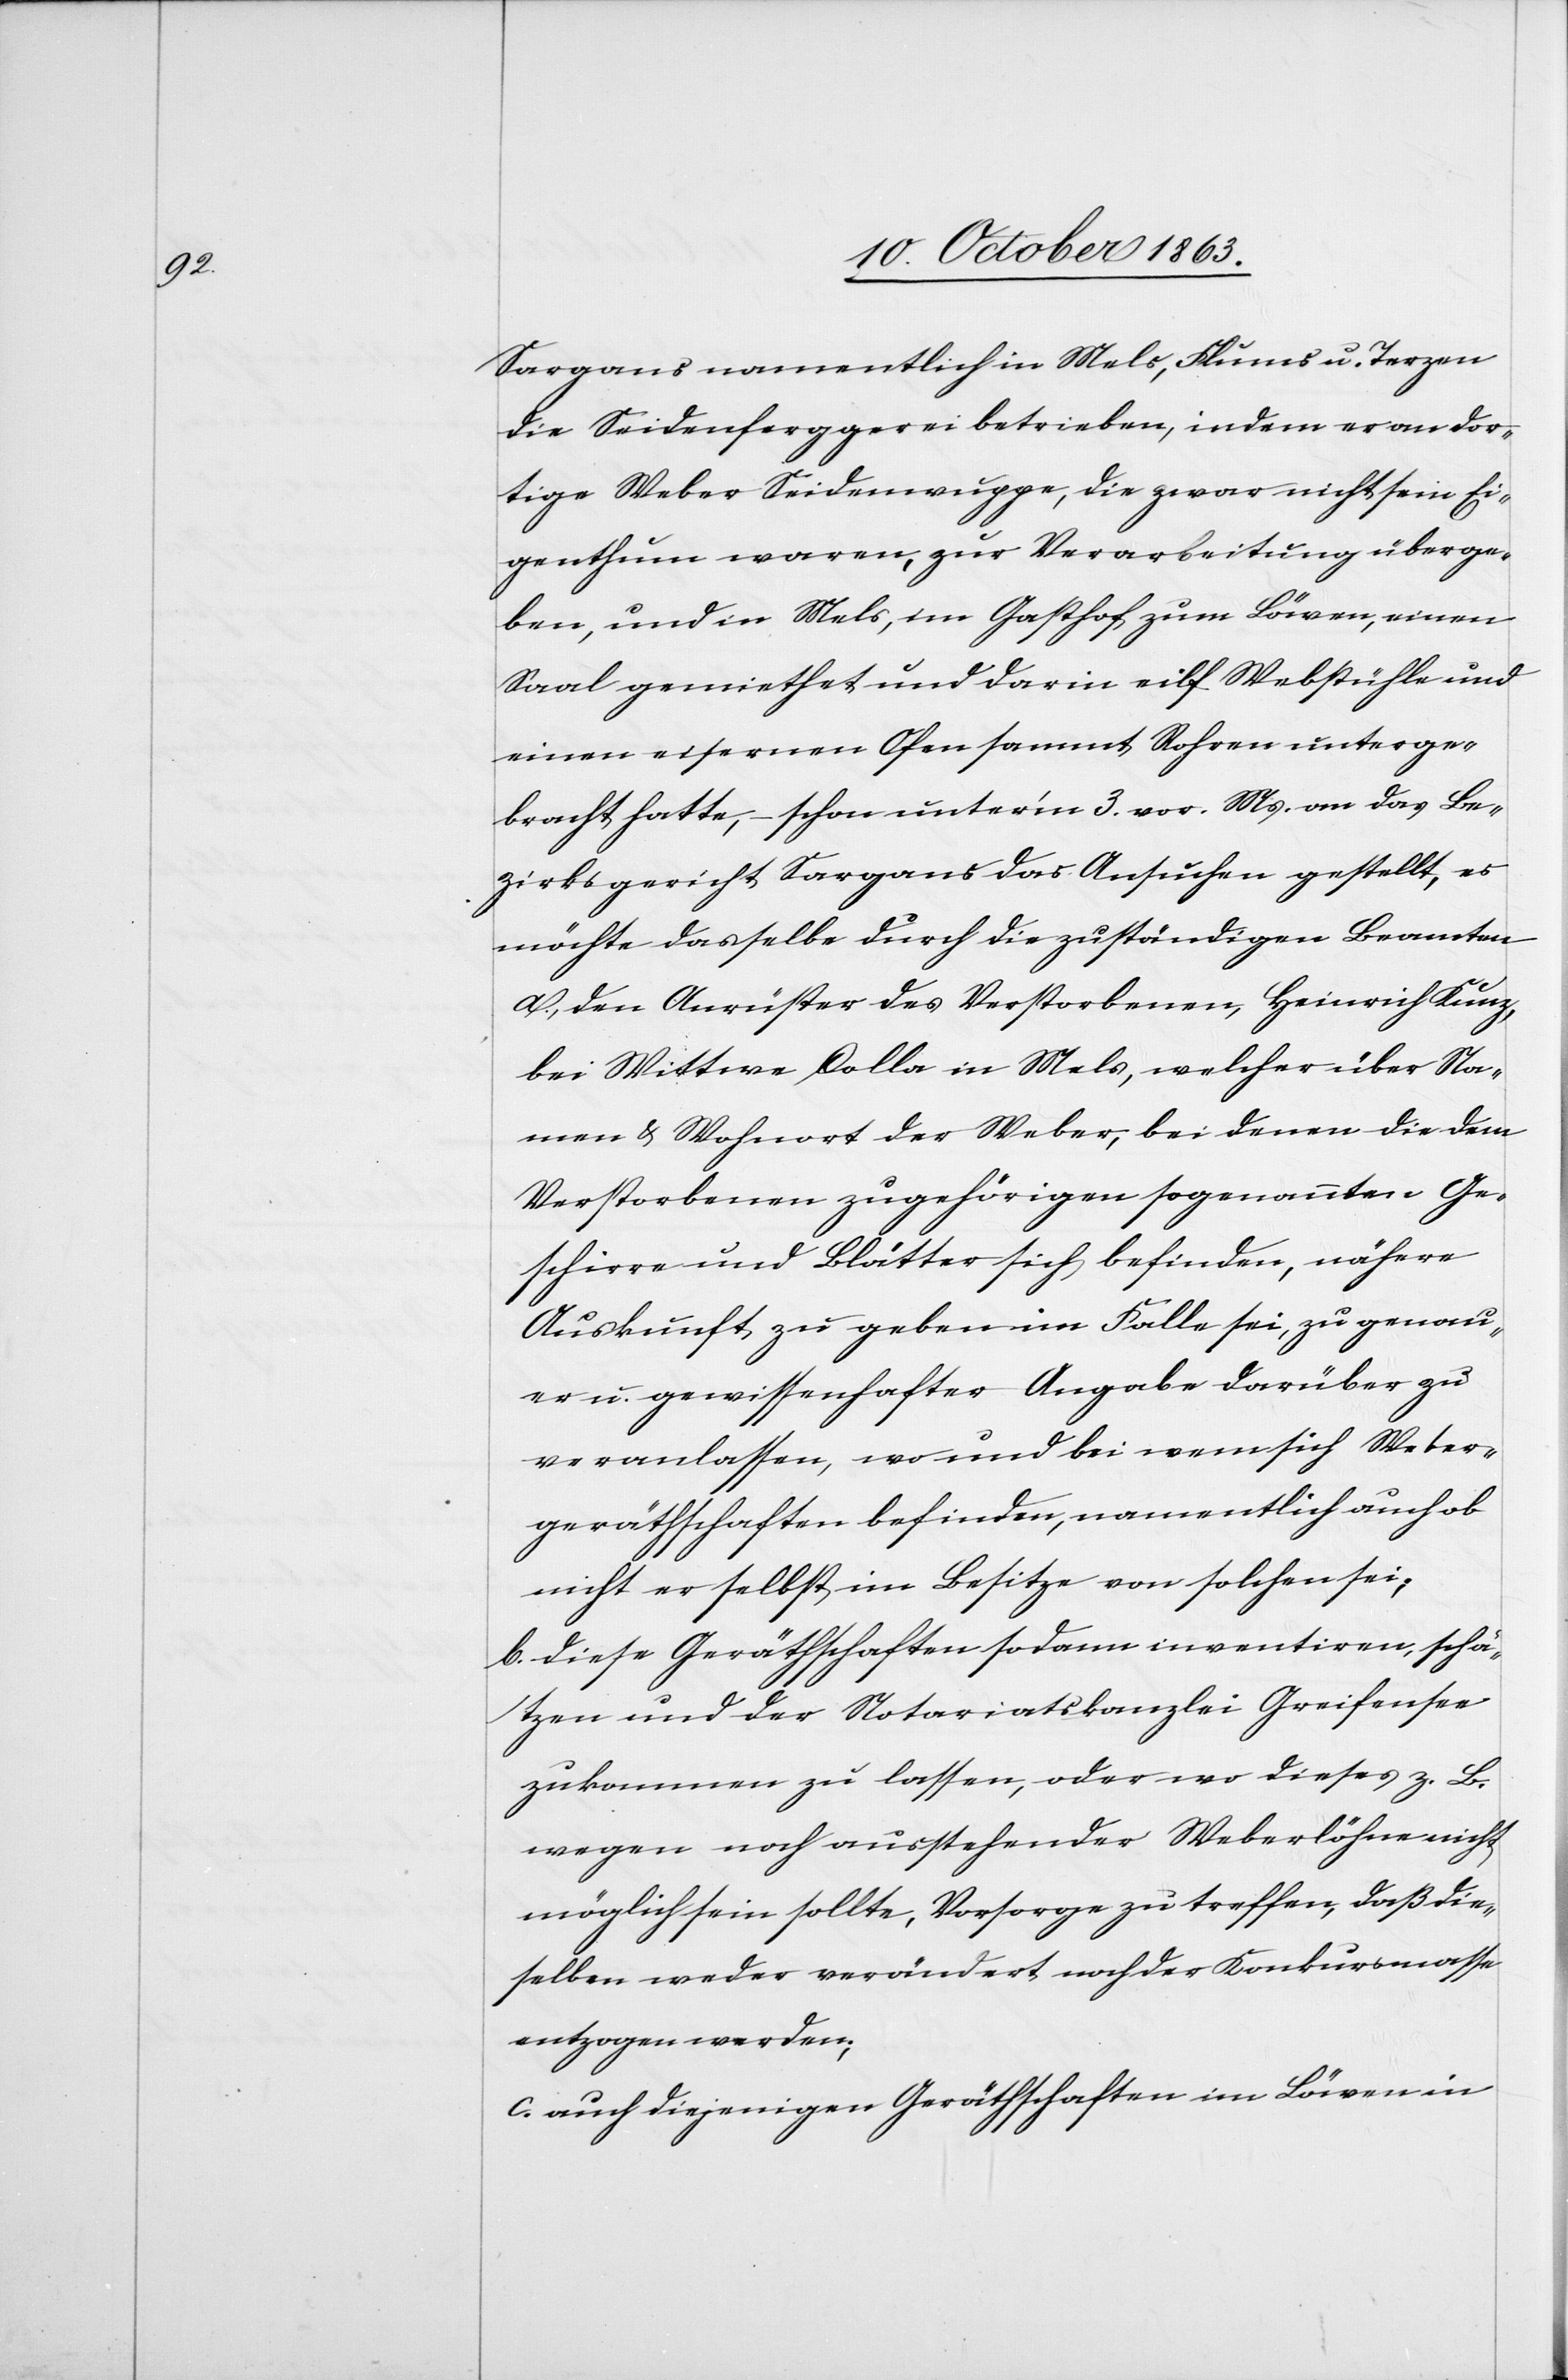
Sargans [sic!] namentlich in Mels, Flums u. Terzen
die Seidenferggerei betrieben, indem er an dor¬
tige Weber Seidenwuppe, die zwar nicht sein Ei¬
genthum waren, zur Verarbeitung überge¬
ben, und in Mels, im Gasthof zum Löwen, einen
Saal gemiethet und darin eilf Webstühle und
einen eisernen Ofen sammt Rohren unterge¬
bracht hatte, – schon unter'm 3. vor. Ms. an das Be¬
zirksgericht Sargans das Ansuchen gestellt, es
möchte dasselbe durch die zuständigen Beamten
a. den Anrüster des Verstorbenen, Heinrich Kunz,
bei Wittwe Colla in Mels, welcher über Na¬
men & Wohnort der Weber, bei denen die dem
Verstorbenen zugehörigen sogenannten Ge¬
schirre und Blätter sich befinden, nähere
Auskunft zu geben im Falle sei, zu genau¬
er u. gewissenhafter Angabe darüber zu
veranlassen, wo und bei wem sich Weber¬
geräthschaften befinden, namentlich auch ob
nicht er selbst im Besitze von solchen sei;
b. diese Geräthschaften sodann inventiren, schä¬
tzen und der Notariatskanzlei Greifensee
zukommen zu lassen, oder wo dieses z. B.
wegen noch ausstehender Weberlöhne nicht
möglich sein sollte, Vorsorge zu treffen, daß die¬
selben weder verändert noch der Konkursmasse
entzogen werden;
c. auch diejenigen Geräthschaften im Löwen in